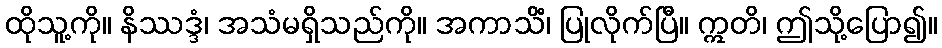
ထိုသူ့ကို။ နိဿဒ္ဒံ၊ အသံမရှိသည်ကို။ အကာသိံ၊ ပြုလိုက်ပြီ။ ဣတိ၊ ဤသို့ပြော၍။